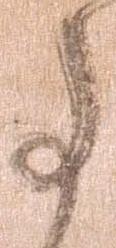
事